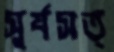
সূর্যসত্